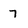
Character: 7